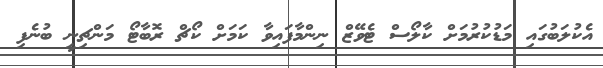
އެކުލަބުގައި މަޑުކުރުމަށް ކާލޯސް ޓެވޭޒް ނިންމާފައިވާ ކަމަށް ކޯޗް ރޮބާޓޯ މަންޗިނީ ބުނެފި